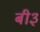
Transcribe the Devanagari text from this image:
बी३